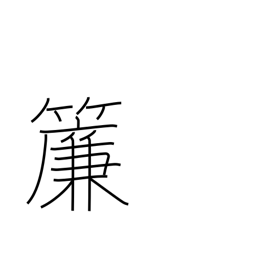
Meaning: rattan blind